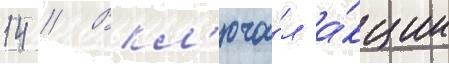
14 // Вкл'юча́л а́кции